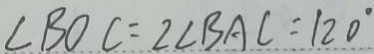
\angle B O C = 2 \angle B A C = 1 2 0 ^ { \circ }